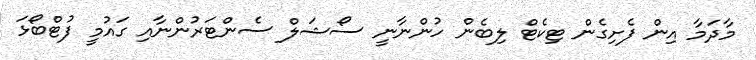
މާދަމާ އިން ފެށިގެން ޓިކެޓް ލިބެން ހުންނާނީ ސޯޝަލް ސެންޓަރުންނާއި ގައުމީ ފުޓްބޯޅަ